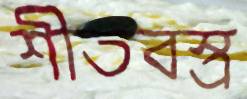
শীতবস্ত্র